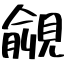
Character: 覦